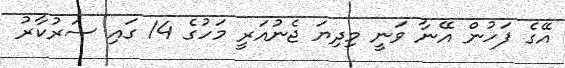
އޭގެ ފަހުން އޭނާ ވަނީ މިދިޔަ ޖެނުއަރީ މަހުގެ 14 ގައި ސަރުކާރު